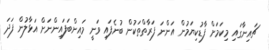
ޗައިނާގައި މިކަމަށް ފާޑުކިޔަމުން އަންނަ ފަރާތްތަކުން ބުނެފައި ވަނީ މައިންބަފައިންނަށް އަޅާލުން ފަދަ